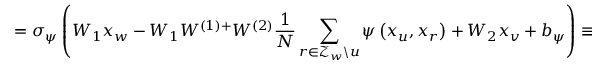
= \sigma _ { \psi } \left( W _ { 1 } x _ { w } - W _ { 1 } W ^ { ( 1 ) + } W ^ { ( 2 ) } \frac { 1 } { N } \sum _ { r \in \mathcal { Z } _ { w } \backslash u } \psi \left( x _ { u } , x _ { r } \right) + W _ { 2 } x _ { v } + b _ { \psi } \right) \equiv \psi ^ { \prime } \left( x _ { w } , x _ { v } \right) .